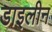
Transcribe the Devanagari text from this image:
डाइलीन